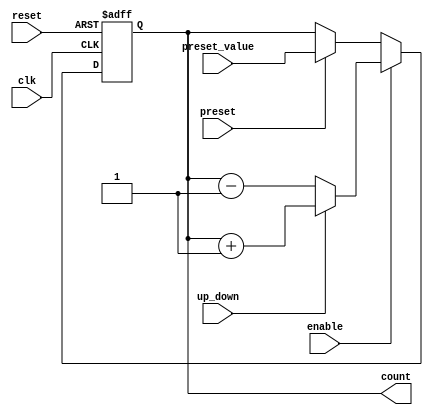
module Counter (
    input wire clk,
    input wire reset,
    input wire enable,
    input wire up_down,
    input wire preset,
    input wire [7:0] preset_value,
    output reg [7:0] count
);

always @(posedge clk or posedge reset) begin
    if (reset) begin
        count <= 8'b0;
    end else if (enable) begin
        if (up_down) begin 
            count <= count + 1;
        end else begin
            count <= count - 1;
        end
    end else if (preset) begin
        count <= preset_value;
    end
end

endmodule